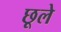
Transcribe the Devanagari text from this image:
छूले